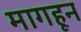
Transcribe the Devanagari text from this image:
मागहून